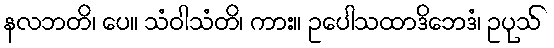
နလဘတိ၊ ပေ။ သံဝါသံတိ၊ ကား။ ဥပေါသထာဒိဘေဒံ၊ ဥပုသ်